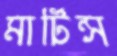
মার্টিন্স